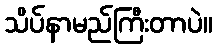
သိပ်နာမည်ကြီးတာပဲ။